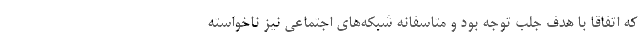
كه اتفاقا با هدف جلب توجه بود و متاسفانه شبكه‌هاي اجتماعي نيز ناخواسته